Indian journal of veterinary science and animal husbandry - Volumes 26-27, 1956-1957
Year: 1956
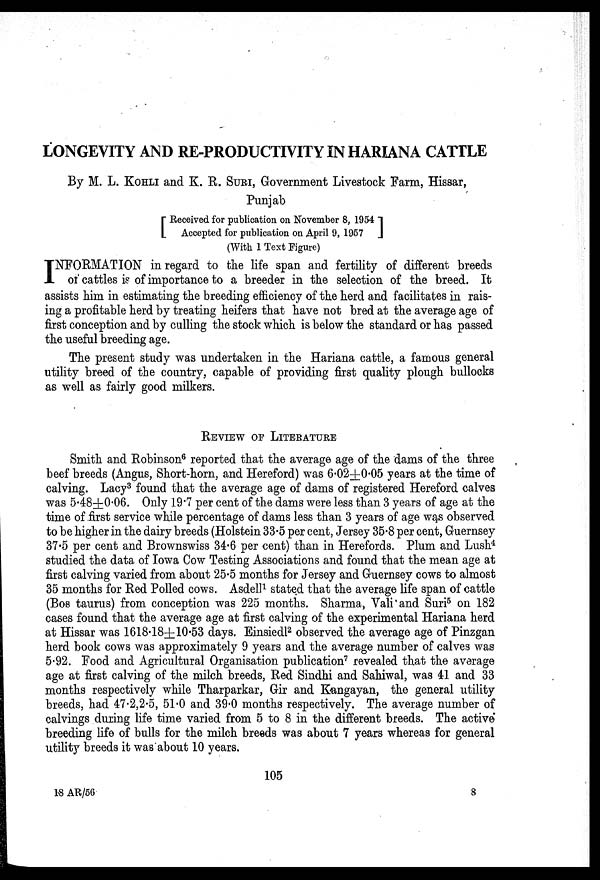
LONGEVITY AND RE-PRODUCTIVITY IN HARIANA CATTLE
By M. L. KOHLI and K. R. SURI, Government Livestock Farm, Hissar,
Punjab
[Received for publication on November 8, 1954
Accepted for publication on April 9,
1957]
(With 1 Text Figure)
I NFORMATION in regard to the life span and fertility of different breeds
of cattles is of importance to a breeder in the selection of the breed. It
assists him in estimating the breeding efficiency of the herd and facilitates in rais-
ing a profitable herd by treating heifers that have not bred at the average age of
first conception and by culling the stock which is below the standard or has passed
the useful breeding age.
The present study was undertaken in the Hariana cattle, a famous general
utility breed of the country, capable of providing first quality plough bullocks
as well as fairly good milkers.
REVIEW OF LITERATURE
Smith and Robinson 6 reported that the average age of the dams of the three
beef breeds (Angus, Short-horn, and Hereford) was 6.02±0.05 years at the time of
calving. Lacy 3 found that the average age of dams of registered Hereford calves
was 5.48±0.06. Only 19.7 per cent of the dams were less than 3 years of age at the
time of first service while percentage of dams less than 3 years of age was observed
to be higher in the dairy breeds (Holstein 33.5 per cent, Jersey 35.8 per cent, Guernsey
37.5 per cent and Brownswiss 34.6 per cent) than in Herefords. Plum and Lush 4
studied the data of Iowa Cow Testing Associations and found that the mean age at
first calving varied from about 25.5 months for Jersey and Guernsey cows to almost
35 months for Red Polled cows. Asdell 1 stated that the average life span of cattle
(Bos taurus) from conception was 225 months. Sharma, Vali and Suri 5 on 182
cases found that the average age at first calving of the experimental Hariana herd
at Hissar was 1618.18±10.53 days. Einsiedl 2 observed the average age of Pinzgan
herd book cows was approximately 9 years and the average number of calves was
5.92. Food and Agricultural Organisation publication 7 revealed that the average
age at first calving of the milch breeds, Red Sindhi and Sahiwal, was 41 and 33
months respectively while Tharparkar, Gir and Kangayan, the general utility
breeds, had 47.2,2.5, 51.0 and 39.0 months respectively. The average number of
calvings during life time varied from 5 to 8 in the different breeds. The active
breeding life of bulls for the milch breeds was about 7 years whereas for general
utility breeds it was about 10 years.
105
18 AR/56
8